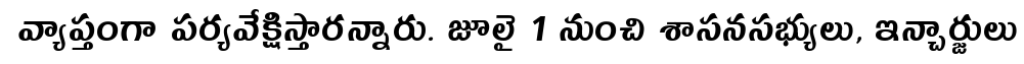
వ్యాప్తంగా పర్యవేక్షిస్తారన్నారు. జూలై 1 నుంచి శాసనసభ్యులు, ఇన్చార్జులు